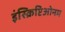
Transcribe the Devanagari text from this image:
इंस्क्रिप्टिओनम